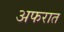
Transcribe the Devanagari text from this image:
अफरात